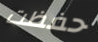
حفظت